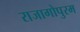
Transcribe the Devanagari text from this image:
राजागोपुरम